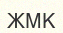
ЖМК